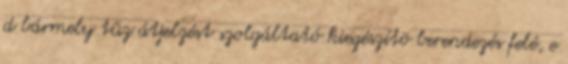
d bármely tûz átjelzést szolgáltató kiegészítõ berendezés felé, e